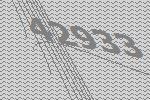
42933